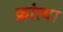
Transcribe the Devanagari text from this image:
क्रांत्या